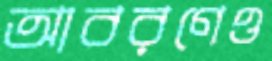
আবরণেও